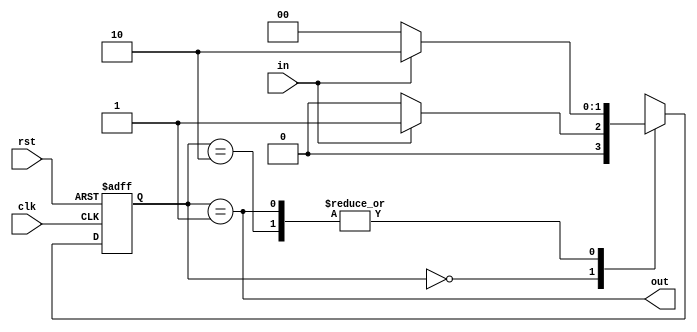
module risingdge(
    input clk,
    input rst,
    input in,
    output out
    );

 
	 reg [1:0] state, nextstate;
	 
	 parameter [1:0] Zero = 2'b00, Edge = 2'b01, One=2'b10  ;
	 
	 always @ (*)
		case (state)
			Zero: if(in) nextstate = Edge;
				else nextstate = Zero;
			Edge: if (in) nextstate = One;
				else nextstate = Zero;
		   One:   if(in) nextstate= One;
              else nextstate= Zero;			
			default:
				nextstate = 2'bx;
		endcase
		
	always @ (posedge clk or posedge rst)
		begin
			if (rst) state <=Zero;
			else state <= nextstate;
		end
		
	assign out = (state == Edge);
	
endmodule